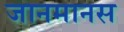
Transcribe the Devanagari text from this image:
जानमानस